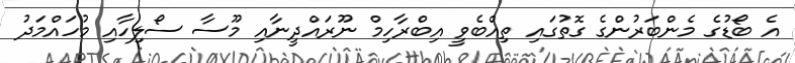
އެ ބޯޑުގެ މެންބަރުންގެ ގޮތުގައި ތިއްބެވީ އިބްރާހިމް ނޫރައްދީނާއި މޫސާ ސޯލިހާއި މުހައްމަދު